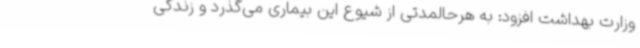
وزارت بهداشت افزود: به هرحالمدتی از شیوع این بیماری می‌گذرد و زندگی